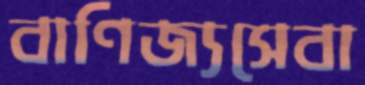
বাণিজ্যসেবা